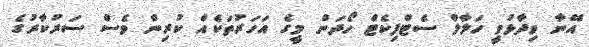
އޭނާ ވިދާޅުވީ ހަލާލް ސެޓްފިކެޓް ހޯދަން މީގެ އަހަރުތަކެއް ކުރިން ވެސް ސަރުކާރުގެ